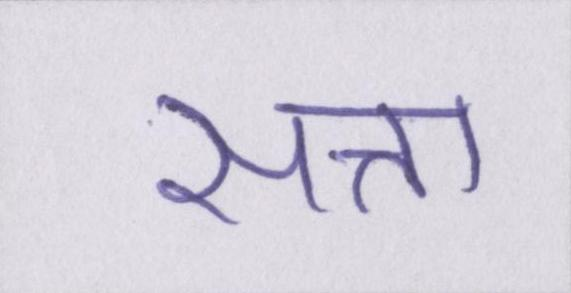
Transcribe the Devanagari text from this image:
सत्ता